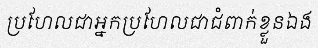
ប្រហែលជាអ្នកប្រហែលជាជំពាក់ខ្លួនឯង